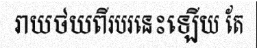
រាយថយពីរបរនេះឡើយ តែ